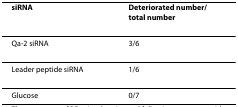
<table><thead><tr><td><b>siRNA</b></td><td><b>Deteriorated number/total number</b></td></tr></thead><tbody><tr><td>Qa-2 siRNA</td><td>3/6</td></tr><tr><td>Leader peptide siRNA</td><td>1/6</td></tr><tr><td>Glucose</td><td>0/7</td></tr></tbody></table>